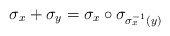
\begin{align*}\sigma_x+\sigma_y=\sigma_x\circ \sigma_{\sigma^{-1}_x(y)}\end{align*}